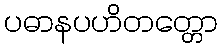
ပဓာနပဟိတတ္တော